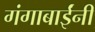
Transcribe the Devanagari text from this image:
गंगाबाईंनी